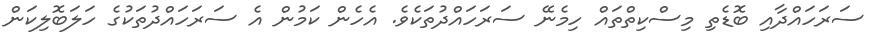
ސަރަހައްދާއި ބޮޑެތި މިސްކިތްތައް ހިމެނޭ ސަރަހައްދުތަކެވެ. އެހެން ކަމުން އެ ސަރަހައްދުތަކުގެ ހަލަބޮލިކަން